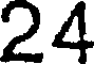
24